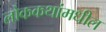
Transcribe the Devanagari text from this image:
लोककथांमधील